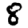
Digit: 8